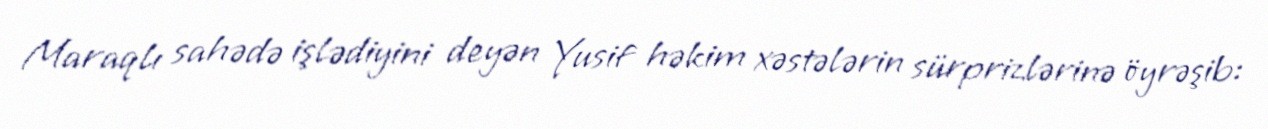
Maraqlı sahədə işlədiyini deyən Yusif həkim xəstələrin sürprizlərinə öyrəşib: